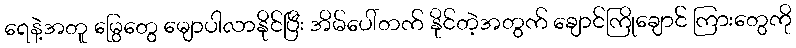
ရေနဲ့အတူ မြွေတွေ မျောပါလာနိုင်ပြီး အိမ်ပေါ်တက် နိုင်တဲ့အတွက် ချောင်ကြိုချောင် ကြားတွေကို